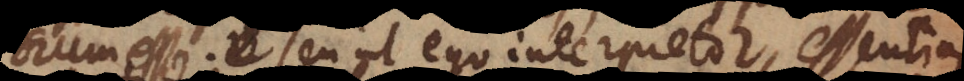
Deum esse; seu ut ego interpretor, essentiam